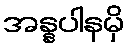
အန္နပါနမှိ